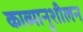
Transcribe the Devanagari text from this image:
काव्यानुशीलन